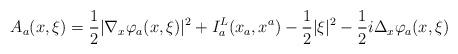
LaTeX: \begin{align*}\begin{aligned}A_{a}(x,\xi)=\frac{1}{2}|\nabla_{x}\varphi_{a}(x,\xi)|^2+I^L_{a}(x_a,x^a)-\frac{1}{2}|\xi|^2-\frac{1}{2}i\Delta_{x}\varphi_{a}(x,\xi)\end{aligned}\end{align*}